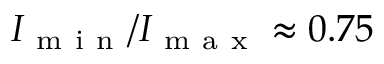
I _ { \mathrm { ~ m ~ i ~ n ~ } } / I _ { \mathrm { ~ m ~ a ~ x ~ } } \approx 0 . 7 5